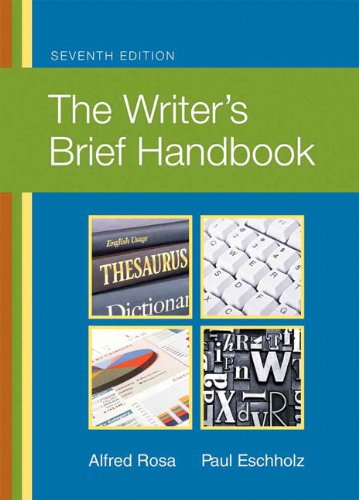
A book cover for The Writer's Brief Handbook (7th Edition); Alfred Rosa; Reference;